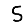
Digit: 5